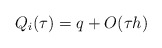
\begin{align*}Q_i(\tau) = q + O(\tau h)\end{align*}